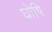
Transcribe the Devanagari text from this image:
घोषि